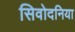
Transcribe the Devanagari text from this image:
सिवोदनिया